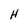
Character: H